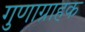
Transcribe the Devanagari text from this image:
गुणाग्राहक